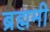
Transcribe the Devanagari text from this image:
ब्रह्ममी